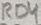
Text: RD4